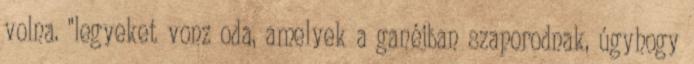
volna. "legyeket vonz oda, amelyek a ganéjban szaporodnak, úgyhogy